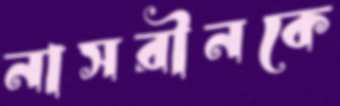
নাসরীনকে